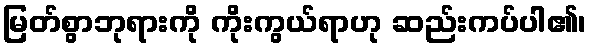
မြတ်စွာဘုရားကို ကိုးကွယ်ရာဟု ဆည်းကပ်ပါ၏၊